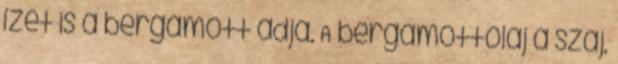
ízét is a bergamott adja. A bergamottolaj a száj,